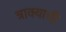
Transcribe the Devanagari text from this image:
त्राक्याची